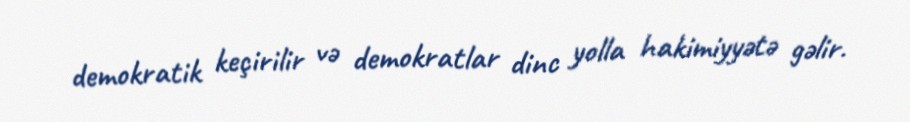
demokratik keçirilir və demokratlar dinc yolla hakimiyyətə gəlir.